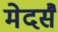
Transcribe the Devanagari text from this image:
मेदसैं